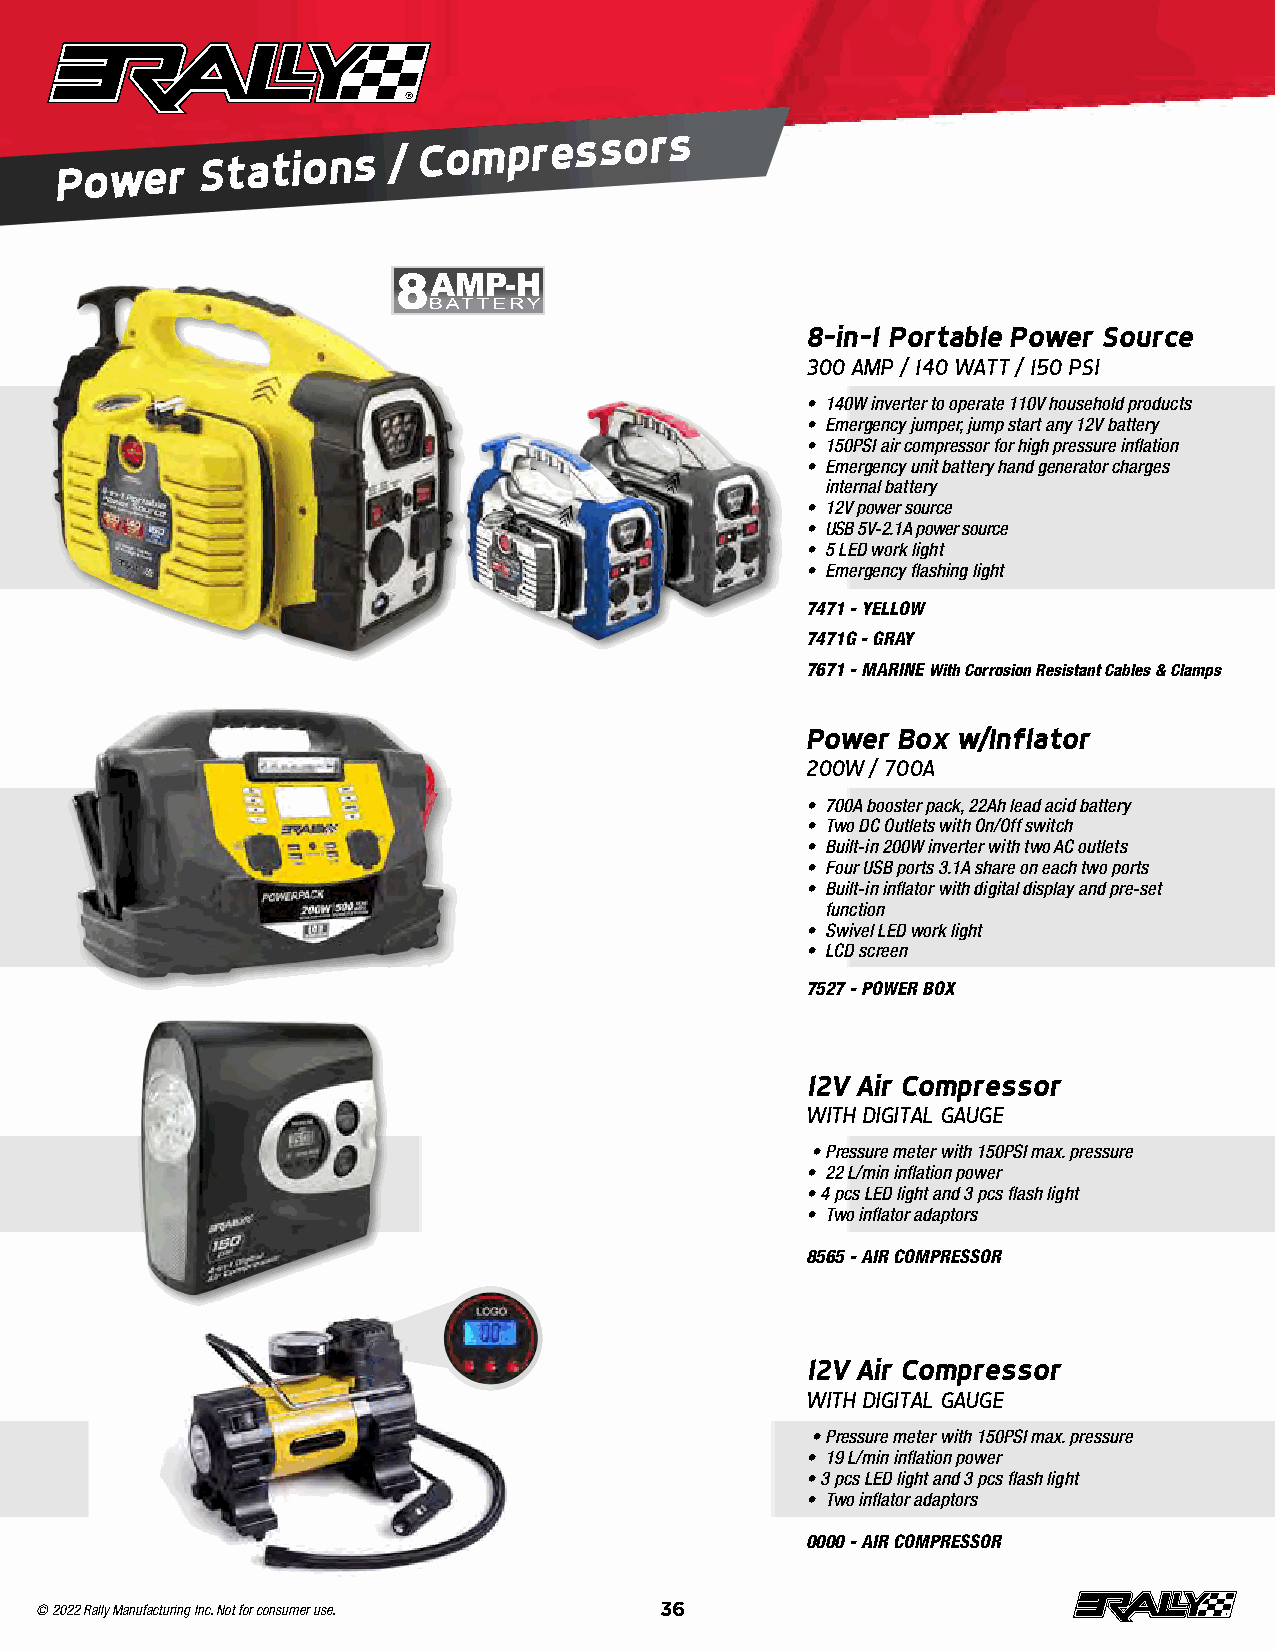
Power
 Stations     /
 Compressors
 8-in-1 Portable Power Source
 300 AMP / 140 WATT / 150 PSI
 • 140W inverter to operate 110V household products
 • Emergency jumper, jump start any 12V battery
 • 150PSI air compressor for high pressure inflation
 • Emergency unit battery hand generator charges
 internal battery
 • 12V power source
 • USB 5V-2 .1A power source
 • 5 LED work light
 • Emergency flashing light
 7471 - YELLOW
 7471G - GRAY
 7671 - MARINE With Corrosion Resistant Cables & Clamps
 Power Box w/Inflator
 200W / 700A
 • 700A booster pack, 22Ah lead acid battery
 • Two DC Outlets with On/Off switch
 • Built-in 200W inverter with two AC outlets
 • Four USB ports 3 .1A share on each two ports
 • Built-in inflator with digital display and pre-set
 function
 • Swivel LED work light
 • LCD screen
 7527 - POWER BOX
 12V Air Compressor
 WITH DIGITAL GAUGE
 • Pressure meter with 150PSI max . pressure
 • 22 L/min inflation power
 • 4 pcs LED light and 3 pcs flash light
 • Two inflator adaptors
 8565 - AIR COMPRESSOR
 12V Air Compressor
 WITH DIGITAL GAUGE
 • Pressure meter with 150PSI max . pressure
 • 19 L/min inflation power
 • 3 pcs LED light and 3 pcs flash light
 • Two inflator adaptors
 0000 - AIR COMPRESSOR
 © 2022 Rally Manufacturing Inc. Not for consumer use. 36